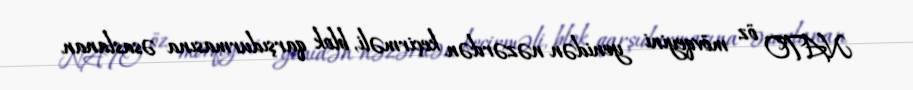
NATO öz mövqeyini yenidən nəzərdən keçirməli, blok qarşıdurmasına əsaslanan